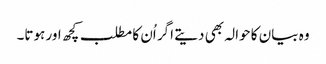
وہ بیان کا حوالہ بھی دیتے اگر اُن کا مطلب کچھ اور ہوتا۔